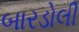
બારડોલી